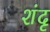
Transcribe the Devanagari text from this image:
शंदृ